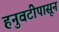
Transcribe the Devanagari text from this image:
हनुवटीपासून